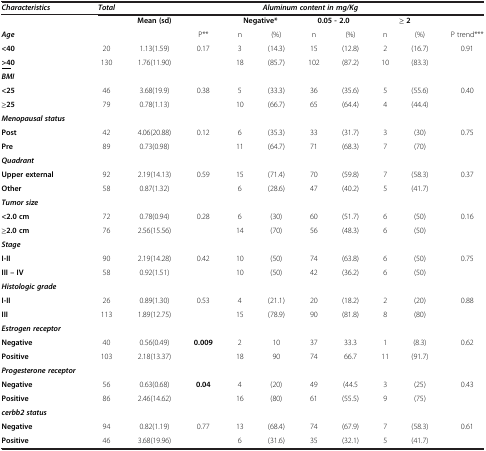
<table><thead><tr><td><b><i>Characteristics</i></b></td><td><b><i>Total</i></b></td><td colspan="9"><b><i>Aluminum content in mg/Kg</i></b></td></tr></thead><tbody><tr><td> </td><td> </td><td><b>Mean (sd)</b></td><td> </td><td colspan="2"><b>Negative*</b></td><td colspan="2"><b>0.05 - 2.0</b></td><td colspan="2"><b>≥ 2</b></td><td> </td></tr><tr><td><b><i>Age</i></b></td><td> </td><td> </td><td>P**</td><td>n</td><td>(%)</td><td>n</td><td>(%)</td><td>n</td><td>(%)</td><td>P trend***</td></tr><tr><td><b>&lt;40</b></td><td>20</td><td>1.13(1.59)</td><td>0.17</td><td>3</td><td>(14.3)</td><td>15</td><td>(12.8)</td><td>2</td><td>(16.7)</td><td>0.91</td></tr><tr><td><b><underline>&gt;4</underline></b><b>0</b></td><td>130</td><td>1.76(11.90)</td><td> </td><td>18</td><td>(85.7)</td><td>102</td><td>(87.2)</td><td>10</td><td>(83.3)</td><td> </td></tr><tr><td><b><i>BMI</i></b></td><td> </td><td> </td><td> </td><td> </td><td> </td><td> </td><td> </td><td> </td><td> </td><td> </td></tr><tr><td><b>&lt;25</b></td><td>46</td><td>3.68(19.9)</td><td>0.38</td><td>5</td><td>(33.3)</td><td>36</td><td>(35.6)</td><td>5</td><td>(55.6)</td><td>0.40</td></tr><tr><td><b>≥25</b></td><td>79</td><td>0.78(1.13)</td><td> </td><td>10</td><td>(66.7)</td><td>65</td><td>(64.4)</td><td>4</td><td>(44.4)</td><td> </td></tr><tr><td><b><i>Menopausal status</i></b></td><td> </td><td> </td><td> </td><td> </td><td> </td><td> </td><td> </td><td> </td><td> </td><td> </td></tr><tr><td><b>Post</b></td><td>42</td><td>4.06(20.88)</td><td>0.12</td><td>6</td><td>(35.3)</td><td>33</td><td>(31.7)</td><td>3</td><td>(30)</td><td>0.75</td></tr><tr><td><b>Pre</b></td><td>89</td><td>0.73(0.98)</td><td> </td><td>11</td><td>(64.7)</td><td>71</td><td>(68.3)</td><td>7</td><td>(70)</td><td> </td></tr><tr><td><b><i>Quadrant</i></b></td><td> </td><td> </td><td> </td><td> </td><td> </td><td> </td><td> </td><td> </td><td> </td><td> </td></tr><tr><td><b>Upper external</b></td><td>92</td><td>2.19(14.13)</td><td>0.59</td><td>15</td><td>(71.4)</td><td>70</td><td>(59.8)</td><td>7</td><td>(58.3)</td><td>0.37</td></tr><tr><td><b>Other</b></td><td>58</td><td>0.87(1.32)</td><td> </td><td>6</td><td>(28.6)</td><td>47</td><td>(40.2)</td><td>5</td><td>(41.7)</td><td> </td></tr><tr><td><b><i>Tumor size</i></b></td><td> </td><td> </td><td> </td><td> </td><td> </td><td> </td><td> </td><td> </td><td> </td><td> </td></tr><tr><td><b>&lt;2.0 cm</b></td><td>72</td><td>0.78(0.94)</td><td>0.28</td><td>6</td><td>(30)</td><td>60</td><td>(51.7)</td><td>6</td><td>(50)</td><td>0.16</td></tr><tr><td><b>≥2.0 cm</b></td><td>76</td><td>2.56(15.56)</td><td> </td><td>14</td><td>(70)</td><td>56</td><td>(48.3)</td><td>6</td><td>(50)</td><td> </td></tr><tr><td><b><i>Stage</i></b></td><td> </td><td> </td><td> </td><td> </td><td> </td><td> </td><td> </td><td> </td><td> </td><td> </td></tr><tr><td><b>I-II</b></td><td>90</td><td>2.19(14.28)</td><td>0.42</td><td>10</td><td>(50)</td><td>74</td><td>(63.8)</td><td>6</td><td>(50)</td><td>0.75</td></tr><tr><td><b>III – IV</b></td><td>58</td><td>0.92(1.51)</td><td> </td><td>10</td><td>(50)</td><td>42</td><td>(36.2)</td><td>6</td><td>(50)</td><td> </td></tr><tr><td><b><i>Histologic grade</i></b></td><td> </td><td> </td><td> </td><td> </td><td> </td><td> </td><td> </td><td> </td><td> </td><td> </td></tr><tr><td><b>I-II</b></td><td>26</td><td>0.89(1.30)</td><td>0.53</td><td>4</td><td>(21.1)</td><td>20</td><td>(18.2)</td><td>2</td><td>(20)</td><td>0.88</td></tr><tr><td><b>III</b></td><td>113</td><td>1.89(12.75)</td><td> </td><td>15</td><td>(78.9)</td><td>90</td><td>(81.8)</td><td>8</td><td>(80)</td><td> </td></tr><tr><td><b><i>Estrogen receptor</i></b></td><td> </td><td> </td><td> </td><td> </td><td> </td><td> </td><td> </td><td> </td><td> </td><td> </td></tr><tr><td><b>Negative</b></td><td>40</td><td>0.56(0.49)</td><td><b>0.009</b></td><td>2</td><td>10</td><td>37</td><td>33.3</td><td>1</td><td>(8.3)</td><td>0.62</td></tr><tr><td><b>Positive</b></td><td>103</td><td>2.18(13.37)</td><td> </td><td>18</td><td>90</td><td>74</td><td>66.7</td><td>11</td><td>(91.7)</td><td> </td></tr><tr><td><b><i>Progesterone receptor</i></b></td><td> </td><td> </td><td> </td><td> </td><td> </td><td> </td><td> </td><td> </td><td> </td><td> </td></tr><tr><td><b>Negative</b></td><td>56</td><td>0.63(0.68)</td><td><b>0.04</b></td><td>4</td><td>(20)</td><td>49</td><td>(44.5</td><td>3</td><td>(25)</td><td>0.43</td></tr><tr><td><b>Positive</b></td><td>86</td><td>2.46(14.62)</td><td> </td><td>16</td><td>(80)</td><td>61</td><td>(55.5)</td><td>9</td><td>(75)</td><td> </td></tr><tr><td><b><i>cerbb2 status</i></b></td><td> </td><td> </td><td> </td><td> </td><td> </td><td> </td><td> </td><td> </td><td> </td><td> </td></tr><tr><td><b>Negative</b></td><td>94</td><td>0.82(1.19)</td><td>0.77</td><td>13</td><td>(68.4)</td><td>74</td><td>(67.9)</td><td>7</td><td>(58.3)</td><td>0.61</td></tr><tr><td><b>Positive</b></td><td>46</td><td>3.68(19.96)</td><td> </td><td>6</td><td>(31.6)</td><td>35</td><td>(32.1)</td><td>5</td><td>(41.7)</td><td> </td></tr></tbody></table>